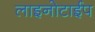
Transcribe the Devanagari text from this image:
लाइनोटाईप